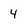
Character: 4